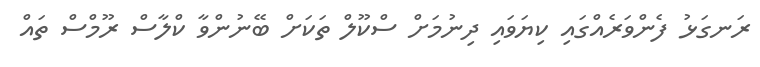
ރަނގަޅު ފެންވަރެއްގައި ކިޔަވައި ދިނުމަށް ސްކޫލް ތަކަށް ބޭނުންވާ ކްލާސް ރޫމްސް ތައް